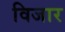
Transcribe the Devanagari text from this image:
विजार